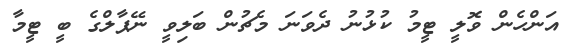
އަންހެން ވޮލީ ޓީމު ކުޅުނު ދެވަނަ މެޗުން ބަލިވީ ނޭޕާލްގެ ބީ ޓީމާ